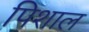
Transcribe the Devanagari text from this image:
पिशाल